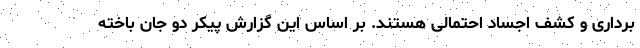
برداری و کشف اجساد احتمالی هستند. بر اساس این گزارش پیکر دو جان باخته